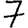
Digit: 7